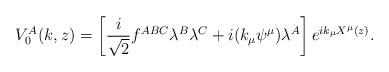
LaTeX: \begin{align*}V^{A}_{0}(k,z)= \left[ \frac{i}{\sqrt{2}}f^{ABC}\lambda^{B}\lambda^{C}+i(k_{\mu}\psi^{\mu})\lambda^{A}\right] e^{ik_{\mu}X^{\mu}(z)}.\end{align*}